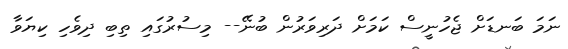
ނަމަ ބަނޑަށް ޖެހުނީސް ކަމަށް ދަރިވަރުން ބުނޭ-- މިސުރުގައި ތިބި ދިވެހި ކިޔަވާ